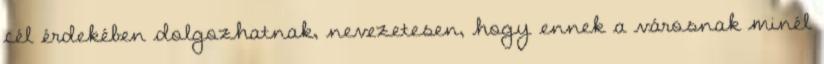
cél érdekében dolgozhatnak, nevezetesen, hogy ennek a városnak minél